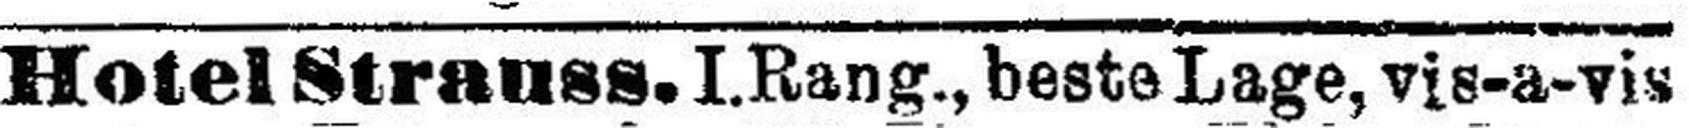
Hotel Strauss. I.Rang., beste Lage, vis-a-vis